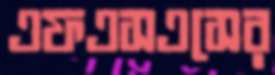
এফএসএসের